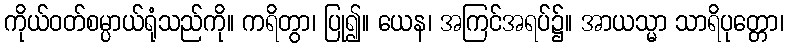
ကိုယ်ဝတ်စမ္ပာယ်ရုံသည်ကို။ ကရိတွာ၊ ပြု၍။ ယေန၊ အကြင်အရပ်၌။ အာယသ္မာ သာရိပုတ္တော၊